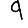
Digit: 9